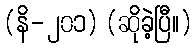
(နိ-၂၀၁) (ဆိုခဲ့ပြီ။)